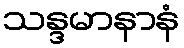
သန္ဒမာနာနံ